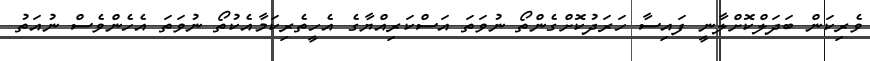
ވެރިކަން ބަދަލްކޮށްލާނީ ފައިސާ ހަރަދުކޮށްގެންތޯ ނުވަތަ އަސްކަރިއްޔާގެ އެހީތެރިކަމާއެކުތޯ ނުވަތަ އެހެންވެސް ނުއަތު